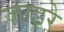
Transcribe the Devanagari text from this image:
ज़ाइरे